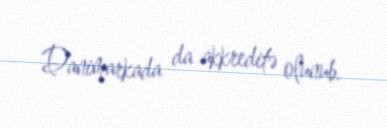
Danimarkada da akkreditə olunub.